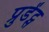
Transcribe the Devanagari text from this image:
प्रुडेंट्स